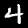
Label: 4